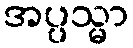
အပ္ပသ္မာ